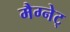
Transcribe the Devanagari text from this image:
मैग्नेट्